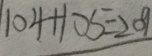
1 0 4 + 1 0 5 = 2 0 9